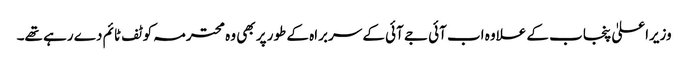
وزیراعلیٰ پنجاب کے علاوہ اب آئی جے آئی کے سربراہ کے طور پر بھی وہ محترمہ کو ٹف ٹائم دے رہے تھے۔